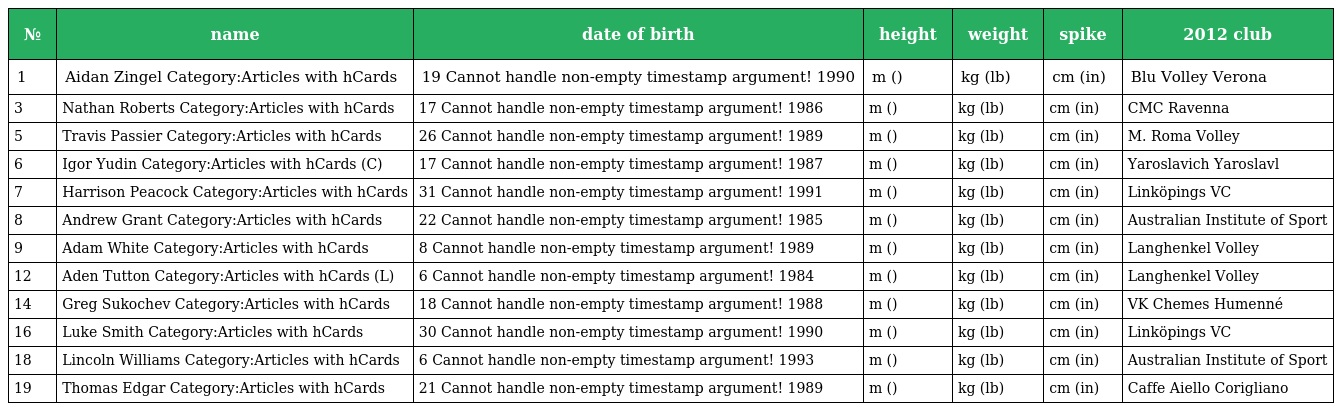
| № | name | date of birth | height | weight | spike | 2012 club |
 | --- | --- | --- | --- | --- | --- | --- |
 | 1 | Aidan Zingel Category:Articles with hCards | 19 Cannot handle non-empty timestamp argument! 1990 | m () | kg (lb) | cm (in) | Blu Volley Verona |
 | 3 | Nathan Roberts Category:Articles with hCards | 17 Cannot handle non-empty timestamp argument! 1986 | m () | kg (lb) | cm (in) | CMC Ravenna |
 | 5 | Travis Passier Category:Articles with hCards | 26 Cannot handle non-empty timestamp argument! 1989 | m () | kg (lb) | cm (in) | M. Roma Volley |
 | 6 | Igor Yudin Category:Articles with hCards (C) | 17 Cannot handle non-empty timestamp argument! 1987 | m () | kg (lb) | cm (in) | Yaroslavich Yaroslavl |
 | 7 | Harrison Peacock Category:Articles with hCards | 31 Cannot handle non-empty timestamp argument! 1991 | m () | kg (lb) | cm (in) | Linköpings VC |
 | 8 | Andrew Grant Category:Articles with hCards | 22 Cannot handle non-empty timestamp argument! 1985 | m () | kg (lb) | cm (in) | Australian Institute of Sport |
 | 9 | Adam White Category:Articles with hCards | 8 Cannot handle non-empty timestamp argument! 1989 | m () | kg (lb) | cm (in) | Langhenkel Volley |
 | 12 | Aden Tutton Category:Articles with hCards (L) | 6 Cannot handle non-empty timestamp argument! 1984 | m () | kg (lb) | cm (in) | Langhenkel Volley |
 | 14 | Greg Sukochev Category:Articles with hCards | 18 Cannot handle non-empty timestamp argument! 1988 | m () | kg (lb) | cm (in) | VK Chemes Humenné |
 | 16 | Luke Smith Category:Articles with hCards | 30 Cannot handle non-empty timestamp argument! 1990 | m () | kg (lb) | cm (in) | Linköpings VC |
 | 18 | Lincoln Williams Category:Articles with hCards | 6 Cannot handle non-empty timestamp argument! 1993 | m () | kg (lb) | cm (in) | Australian Institute of Sport |
 | 19 | Thomas Edgar Category:Articles with hCards | 21 Cannot handle non-empty timestamp argument! 1989 | m () | kg (lb) | cm (in) | Caffe Aiello Corigliano |